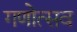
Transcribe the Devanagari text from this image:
गणोत्सव